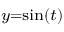
\scriptstyle { y = \sin ( t ) }